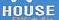
house